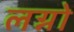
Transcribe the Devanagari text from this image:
लग्नो